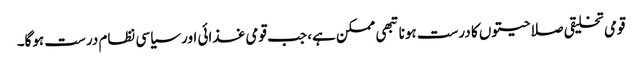
قومی تخلیقی صلاحیتوں کا درست ہونا تبھی ممکن ہے، جب قومی غذائی اور سیاسی نظام درست ہوگا۔